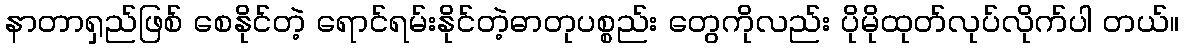
နာတာရှည်ဖြစ် စေနိုင်တဲ့ ရောင်ရမ်းနိုင်တဲ့ဓာတုပစ္စည်း တွေကိုလည်း ပိုမိုထုတ်လုပ်လိုက်ပါ တယ်။